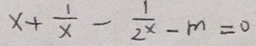
x + \frac { 1 } { x } - \frac { 1 } { 2 ^ { x } } - m = 0